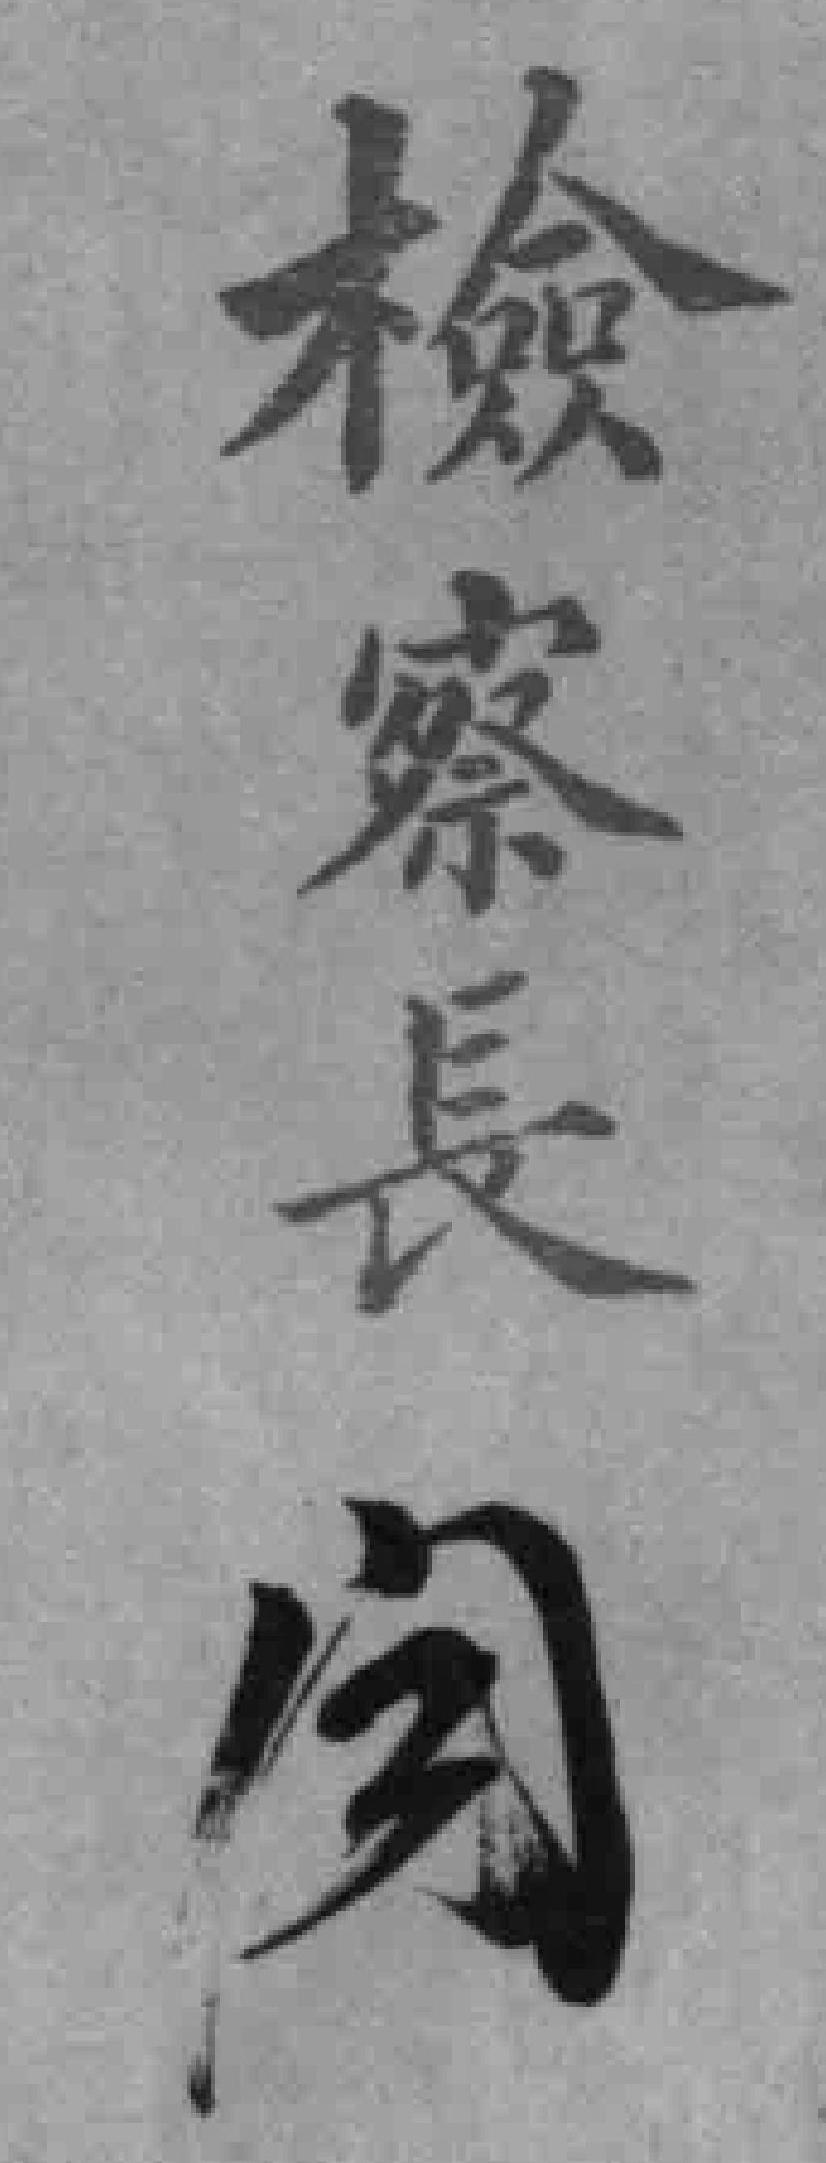
檢寨長閲